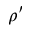
\rho ^ { \prime }